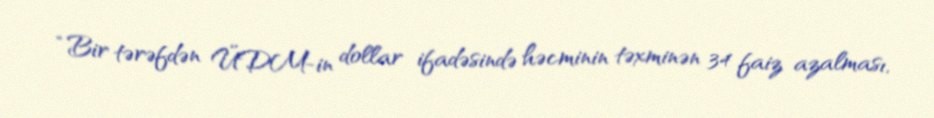
“Bir tərəfdən ÜDM-in dollar ifadəsində həcminin təxminən 34 faiz azalması,